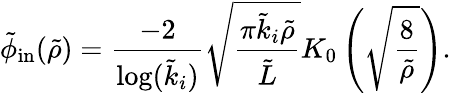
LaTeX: \tilde{\phi}_{\mathrm{in}}(\tilde{\rho})=\frac{-2}{\log(\tilde{k}_{i})}\sqrt{\frac{\pi\tilde{k}_{i}\tilde{\rho}}{\tilde{L}}}K_{0}\left(\sqrt{\frac{8}{\tilde{\rho}}}\right).